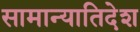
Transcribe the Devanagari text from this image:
सामान्यातिदेश